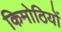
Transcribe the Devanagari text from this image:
किमोठियों